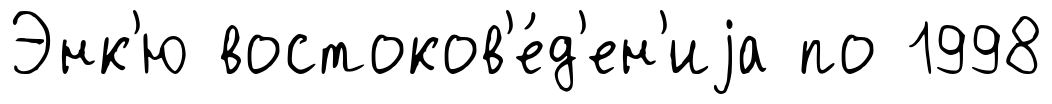
Энк'ю востоков'е́д'ен'иjа по 1998